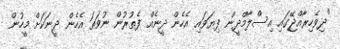
"ދިވެހިރާއްޖޭގައި އިސްލާމްދީން ފިޔަވައި އެހެން ދީނެއް ފެތުރުން ނުވަތަ އެހެން ދީނަކަށް މީހުން